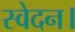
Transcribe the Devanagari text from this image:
स्वेदन।